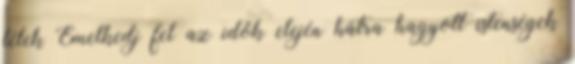
lélek Emelkedj fel az idők elején hátra hagyott istenségek